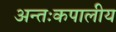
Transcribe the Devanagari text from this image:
अन्तःकपालीय